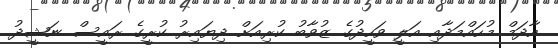
އާދަމް މުހައްމަދާއި އަލީ ވަހީދުގެ ޒުވާބު ކުރިއަށް ދިޔައިރު ކުރީގެ ރައީސް ނަޝީދު